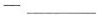
—___